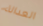
العدالة